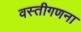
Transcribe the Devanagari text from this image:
वस्तीगणना